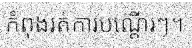
កំពុងរត់ការបណ្តើរៗ។